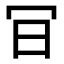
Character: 𠕾